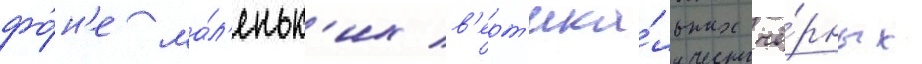
фо́н'е ма́л'еньк'их в'ерт'ика́льных чё́рных